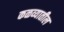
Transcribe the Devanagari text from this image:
कळव्यातील